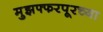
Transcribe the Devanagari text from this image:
मुझफ्फरपूरच्या